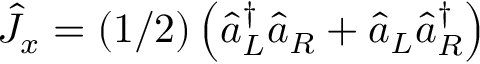
\hat { J } _ { x } = ( 1 / 2 ) \left( \hat { a } _ { L } ^ { \dagger } \hat { a } _ { R } + \hat { a } _ { L } \hat { a } _ { R } ^ { \dagger } \right)